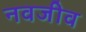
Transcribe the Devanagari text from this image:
नवजीव